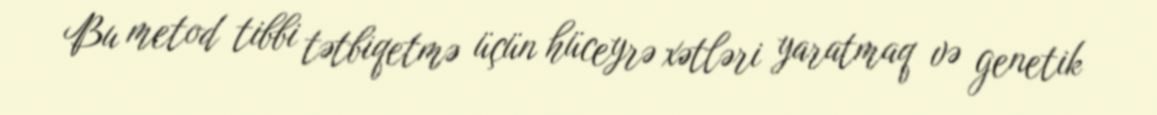
Bu metod tibbi tətbiqetmə üçün hüceyrə xətləri yaratmaq və genetik